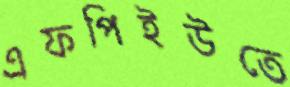
এফপিইউতে